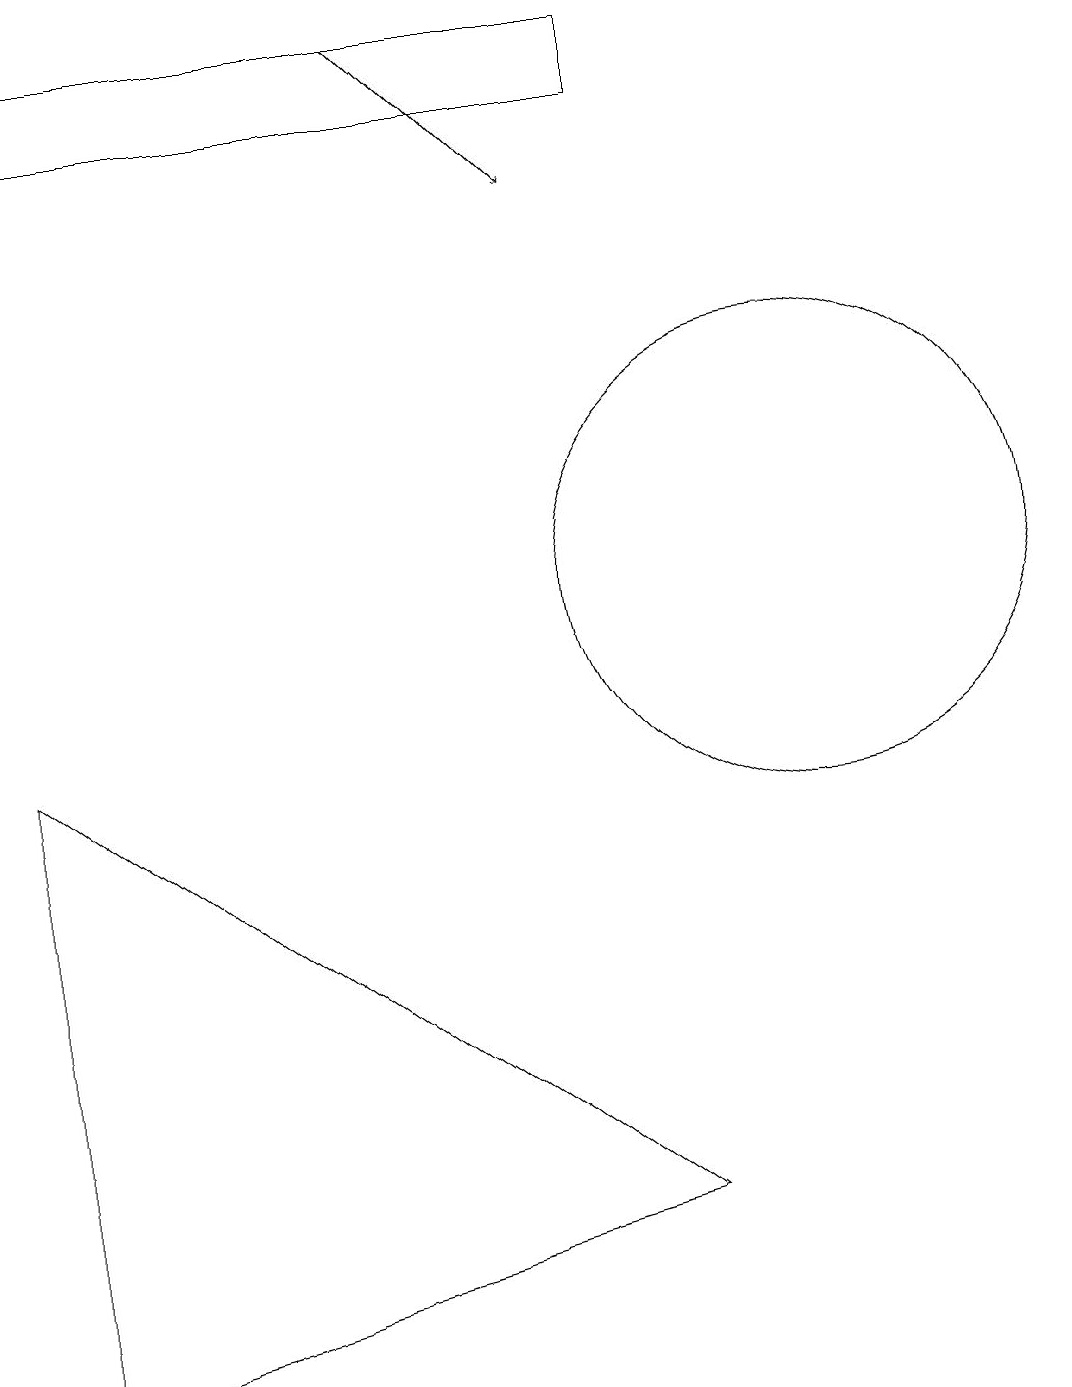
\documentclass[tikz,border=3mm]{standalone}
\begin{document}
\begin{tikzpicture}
\draw[->] (5,17) -- (7,15);
\draw (0,0) -- (8,2) -- (0,8) -- cycle;
\draw (10,10) circle (3);
\draw (8,16) rectangle (0,17);
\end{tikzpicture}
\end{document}